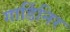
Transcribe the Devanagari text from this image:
गार्डिनिर